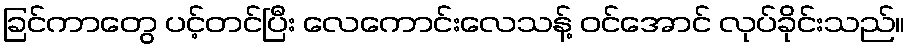
ခြင်ကာတွေ ပင့်တင်ပြီး လေကောင်းလေသန့် ဝင်အောင် လုပ်ခိုင်းသည်။